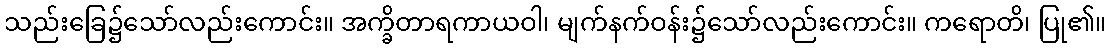
သည်းခြေ၌သော်လည်းကောင်း။ အက္ခိတာရကာယဝါ၊ မျက်နက်ဝန်း၌သော်လည်းကောင်း။ ကရောတိ၊ ပြု၏။